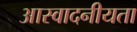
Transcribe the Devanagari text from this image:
आस्वादनीयता